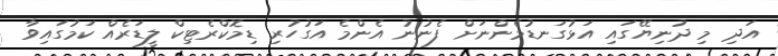
އަދި މި ދުނިޔޭގައި އަޅުގަނޑުމެންނަށް ފެނުނު އެންމެ އަގުހުރި ޑިމޮކްރެޓިކް ލީޑަރެއް ކަމުގައިވާ